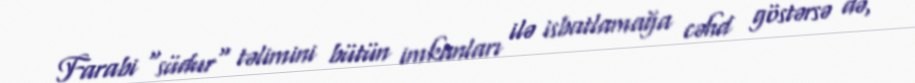
Farabi "südur" təlimini bütün imkanları ilə isbatlamağa cəhd göstərsə də,